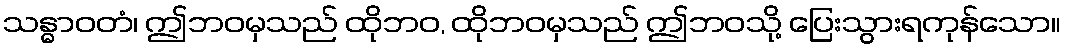
သန္ဓာဝတံ၊ ဤဘဝမှသည် ထိုဘဝ, ထိုဘဝမှသည် ဤဘဝသို့ ပြေးသွားရကုန်သော။